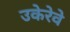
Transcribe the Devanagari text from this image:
उकेरेवे